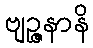
ဗျဉ္ဇနာနိ